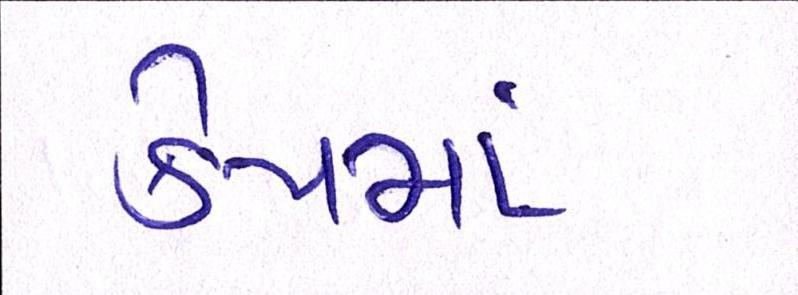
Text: કેપમાં